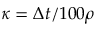
\kappa = \Delta t / 1 0 0 \rho